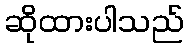
ဆိုထားပါသည်